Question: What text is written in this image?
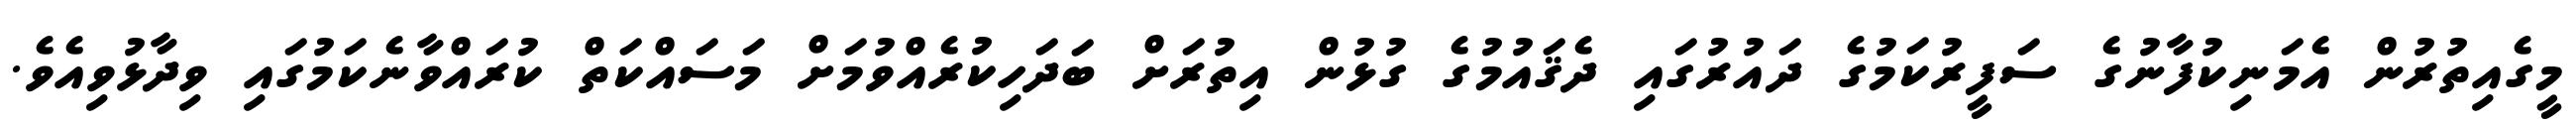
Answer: މީގެއިތުރުން އެމަނިކުފާނުގެ ސަފީރުކަމުގެ ދައުރުގައި ދެޤައުމުގެ ގުޅުން އިތުރަށް ބަދަހިކުރެއްވުމަށް މަސައްކަތް ކުރައްވާނެކަމުގައި ވިދާޅުވިއެވެ.